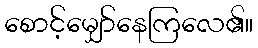
စောင့်မျှော်နေကြလေ၏။